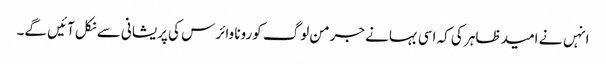
انہں نے امید ظاہر کی کہ اسی بہانے جرمن لوگ کورونا وائرس کی پریشانی سے نکل آئیں گے۔